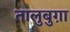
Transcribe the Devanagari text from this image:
तालुबुग़ा